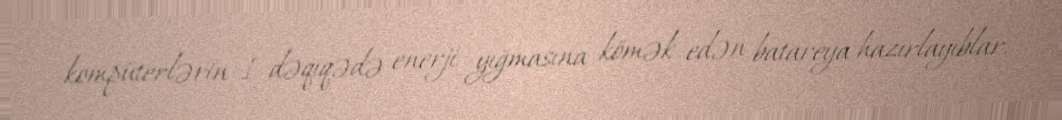
kompüterlərin 1 dəqiqədə enerji yığmasına kömək edən batareya hazırlayıblar.